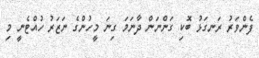
ފެންވަރު ރަނގަޅު ބޮކި ގަންނަން ދާނަމަ ގިނަ މީހުންގެ ނަޒަރު ހުއްޓެނީ މި